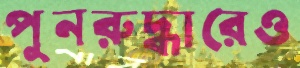
পুনরুদ্ধারেও